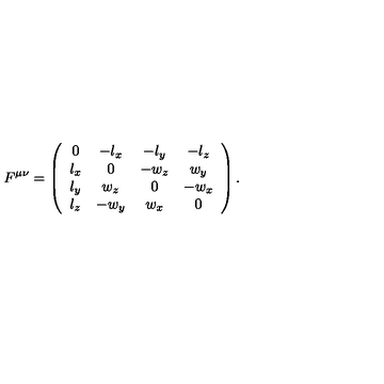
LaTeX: F ^ { \mu \nu } = \left( \begin{array} { c c c c } { 0 } & { - l _ { x } } & { - l _ { y } } & { - l _ { z } } \\ { l _ { x } } & { 0 } & { - w _ { z } } & { w _ { y } } \\ { l _ { y } } & { w _ { z } } & { 0 } & { - w _ { x } } \\ { l _ { z } } & { - w _ { y } } & { w _ { x } } & { 0 } \\ \end{array} \right) .